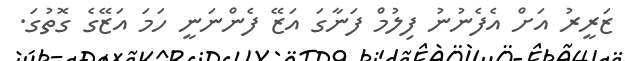
ޒަރީރު އަށް އެފެނުނު ފިލުމް ފަނާގަ އަޒޭ ފެންނަނީ ހަމަ އަޒޭގެ ގޮތުގަ.